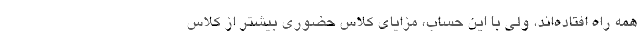
همه راه افتاده‌اند، ولی با این حساب، مزایای کلاس حضوری بیشتر از کلاس